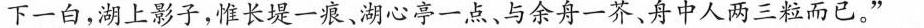
下一白，湖上影子，惟长堤一痕，湖心亭一点、与余舟一芥、舟中人两三粒而已。”